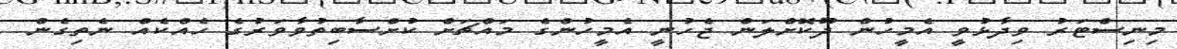
މިނިސްޓަރު ވިދާޅުވީ އެމީހުން ދޫކޮށްލަން ޖެހުނީ އެމީހުންގެ މައްޗަށް ކުށްސާބިތުވާވަރުގެ ހެއްކެއް ނެތިގެން